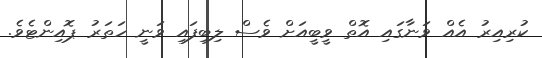
ކުރިއިރު އެއް ވަނާގައި އޮތް ވީބީއަށް ވެސް ލިބިފައި ވަނީ ހަތަރު ޕޮއިންޓެވެ.